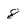
Character: 8